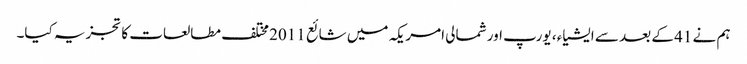
ہم نے 41 کے بعد سے ایشیاء ، یورپ اور شمالی امریکہ میں شائع 2011 مختلف مطالعات کا تجزیہ کیا۔